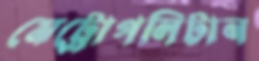
মেট্রোপলিটান